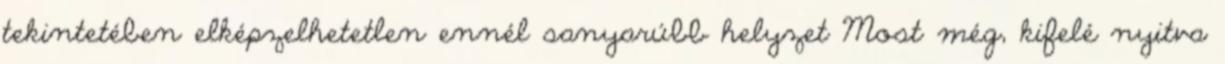
tekintetében elképzelhetetlen ennél sanyarúbb helyzet Most még, kifelé nyitva